Papers set at the Examination for Leaving Certificates, 1893
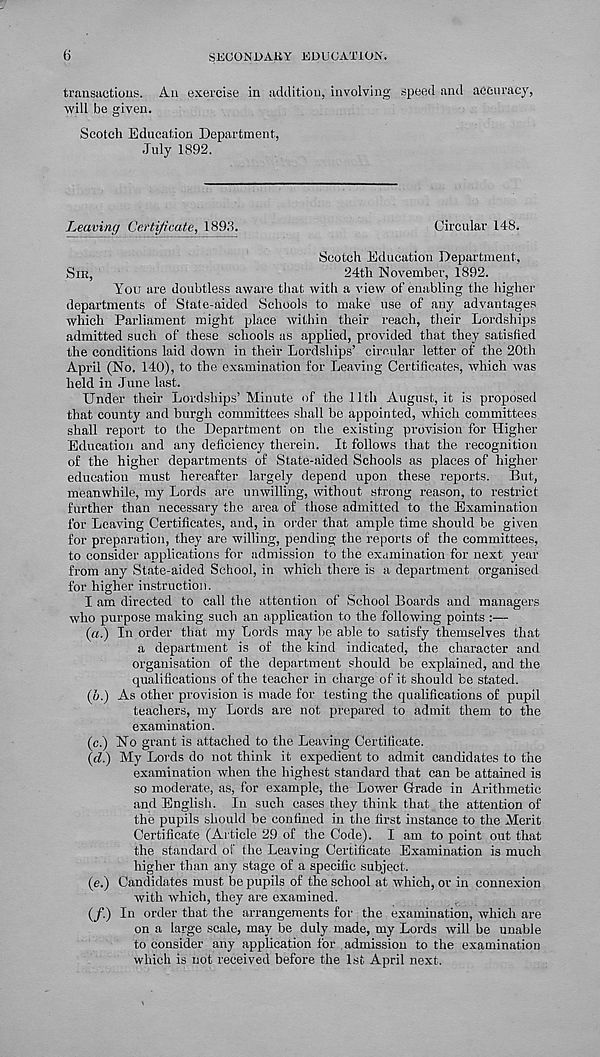
6
SEOONDAKY EDUCATION.
transactions. An exercise in addition, involving speed and accuracy,
will be given.
Scotch Education Department,
July 1892.
Leaving Certificate, 1893.
Circular 148.
Scotch Education Department,
SIR,
24th November, 1892.
You are doubtless aware that with a view of enabling the higher
departments of State-aided Schools to make use of any advantages
which Parliament might place within their reach, their Lordships
admitted such of these schools as applied, provided that they satisfied
the conditions laid down in their Lordships’ circular letter of the 20th
April (No. 140), to the examination for Leaving Certificates, which was
held in June last.
Under their Lordships’Minute of the 11th August, it is proposed
that county and burgh committees shall be appointed, which committees
shall report to the Department on the existing provision for Higher
Education and any deficiency therein. It follows that the recognition
of the higher departments of State-aided Schools as places of higher
education must hereafter largely depend upon these reports. But,
meanwhile, my Lords are unwilling, without strong reason, to restrict
further than necessary the area of those admitted to the Examination
for Leaving Certificates, and, in order that ample time should be given
for preparation, they are willing, pending the reports of the committees,
to consider applications for admission to the examination for next year
from any State-aided School, in which there is a department organised
for higher instruction.
I am directed to call the attention of School Boards and managers
who purpose making such an application to the following points :—
(«.) In order that my Lords may be able to satisfy themselves that
a department is of the kind indicated, the character and
organisation of the department should be explained, and the
qualifications of the teacher in charge of it should be stated.
(6.) As other provision is made for testing the qualifications of pupil
teachers, my Lords are not prepared to admit them to the
examination.
(c.) No grant is attached to the Leaving Certificate.
(rZ.) My Lords do not think it expedient to admit candidates to the
examination when the highest standard that can be attained is
so moderate, as, for example, the Lower Grade in Arithmetic
and English. In such cases they think that the attention of
the pupils should be confined in the first instance to the Merit
Certificate (Article 29 of the Code). I am to point out that
the standard of the Leaving Certificate Examination is much
higher than any stage of a specific subject.
(e.) Candidates must be pupils of the school at which, or in connexion
with which, they are examined.
(/.) In order that the arrangements for the examination, which are
on a large scale, may be duly made, my Lords will be unable
to consider any application for admission to the examination
which is not received before the 1st April next.